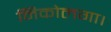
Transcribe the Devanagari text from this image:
निकोलगा।